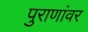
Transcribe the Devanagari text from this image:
पुराणांवर